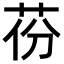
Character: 𦮪